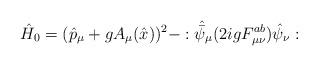
LaTeX: \begin{align*}\hat H_0=(\hat p_\mu+g A_\mu(\hat x))^2-:\hat{\bar\psi}_\mu(2ig F^{ab}_{\mu\nu}) \hat\psi_\nu:\end{align*}